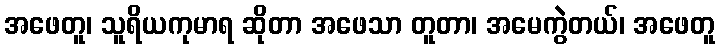
အဖေတူ၊ သူရိယကုမာရ ဆိုတာ အဖေသာ တူတာ၊ အမေကွဲတယ်၊ အဖေတူ